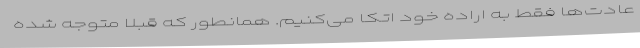
عادت‌ها فقط به اراده خود اتکا می‌کنیم. همانطور که قبلاً متوجه شده